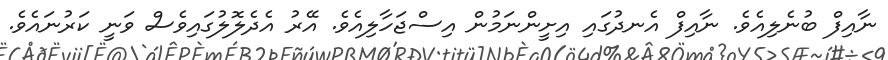
ނާއިފް ބުނެލިއެވެ. ނާއިފް އެނދުގައި އިށީންނަމުން އިސްޖަހާލިއެވެ. އޭރު އެދެލޮލުގައިވެސް ވަނީ ކަރުނައެވެ.